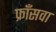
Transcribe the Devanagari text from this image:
फ्राँसवा